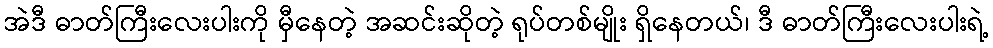
အဲဒီ ဓာတ်ကြီးလေးပါးကို မှီနေတဲ့ အဆင်းဆိုတဲ့ ရုပ်တစ်မျိုး ရှိနေတယ်၊ ဒီ ဓာတ်ကြီးလေးပါးရဲ့